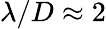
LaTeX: \lambda/D\approx 2